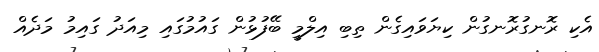
އެކި ރޮނގުރޮނގުން ކިޔަވައިގެން ތިބި އިލްމީ ބޭފުޅުން ގައުމުގައި މިއަދު ގައިމު މަދެއް